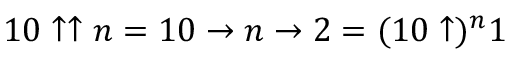
1 0 \uparrow \uparrow n = 1 0 \to n \to 2 = ( 1 0 \uparrow ) ^ { n } 1